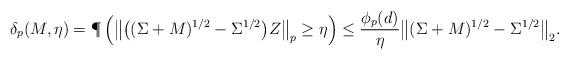
LaTeX: \begin{align*} \delta_{p}(M,\eta) &= \P\left( \big\|\big((\Sigma +M)^{1/2}- \Sigma^{1/2}\big) Z\big\|_p \geq \eta \right) \leq \frac{\phi_p(d)} {\eta} \big\|(\Sigma +M)^{1/2}- \Sigma^{1/2}\big\|_2.\end{align*}